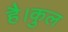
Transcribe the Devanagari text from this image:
है।कुल